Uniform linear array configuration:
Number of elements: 12
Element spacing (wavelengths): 0.5
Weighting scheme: cosine
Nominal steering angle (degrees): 0
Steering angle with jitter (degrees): -1.273
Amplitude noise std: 0.05
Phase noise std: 0.05

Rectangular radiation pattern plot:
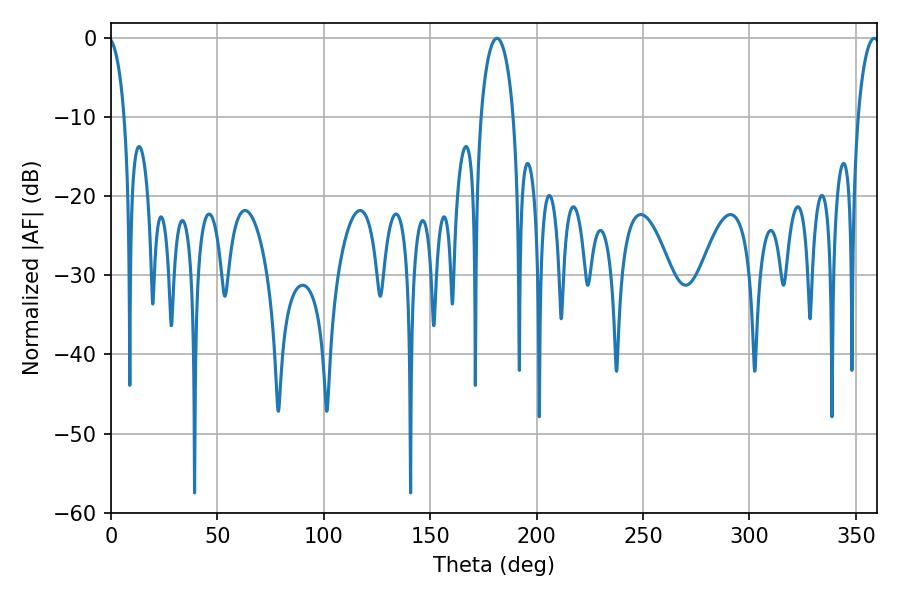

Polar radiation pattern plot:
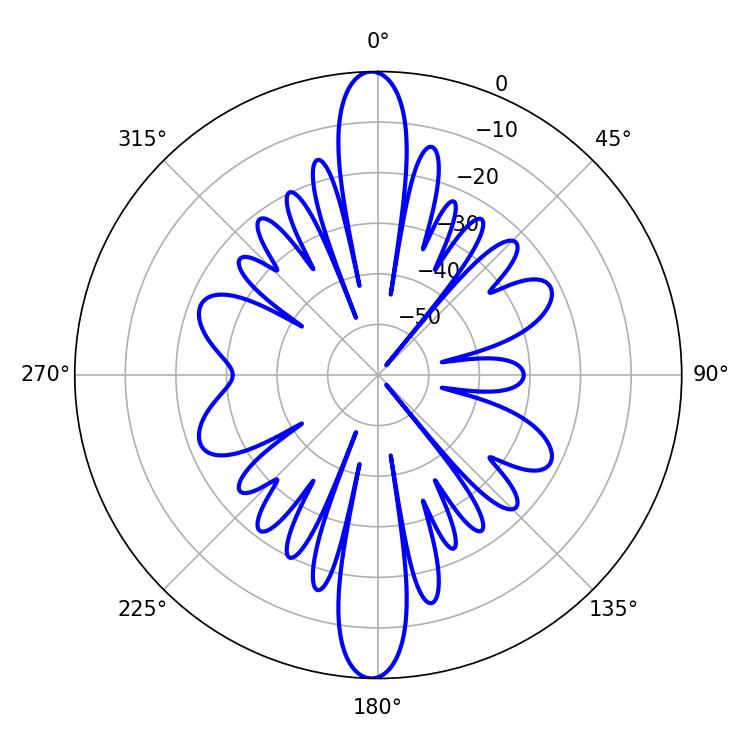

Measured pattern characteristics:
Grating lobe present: FALSE
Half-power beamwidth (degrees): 8.82
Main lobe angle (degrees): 181.26